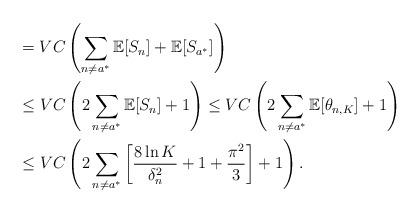
LaTeX: \begin{align*}&=VC \left( \sum_{n\neq a^{*}}\mathbb{E}[S_n] + \mathbb{E} [S_{a^{*}}] \right) \\&\leq V C \left(2\sum_{n\neq a^{*}}\mathbb{E}[S_n] +1\right) \leq VC\left(2\sum_{n\neq a^{*}} \mathbb{E} [\theta_{n,K}] + 1 \right) \\&\leq VC \left(2\sum_{n\neq a^{*}}\left[\frac{8\ln K}{\delta^2_n} + 1+ \frac{\pi^2}{3} \right]+1\right ).\end{align*}